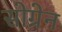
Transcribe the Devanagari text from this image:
सोग्रेन